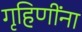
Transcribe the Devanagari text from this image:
गृहिणींना